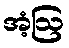
အံ့ဩ